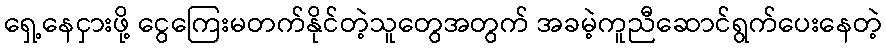
ရှေ့နေငှားဖို့ ငွေကြေးမတက်နိုင်တဲ့သူတွေအတွက် အခမဲ့ကူညီဆောင်ရွက်ပေးနေတဲ့